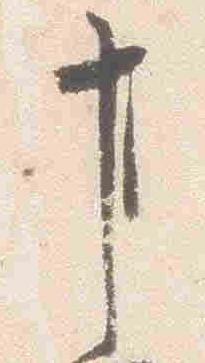
事